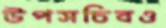
উপসচিবও